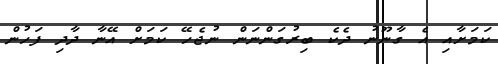
ކަމަށާއި އެ ގާނޫނު ދެކެ ބިރުގަންނަން ނުޖެހޭ ކަމަށް އޭނާ ދާދި ފަހުން